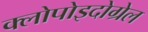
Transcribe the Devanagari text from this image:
क्लोपोइदोग्रेल